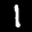
Label: 1